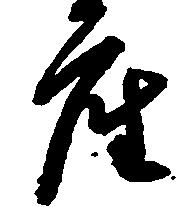
座